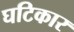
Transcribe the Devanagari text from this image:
घटिकार